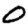
Digit: 0